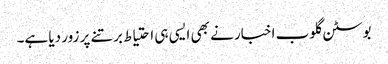
بوسٹن گلوب اخبار نے بھی ایسی ہی احتیاط برتنے پر زور دیا ہے۔